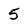
Character: 5